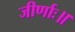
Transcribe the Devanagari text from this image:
जीर्णाः॥